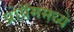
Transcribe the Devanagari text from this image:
प्रोग्रॅममध्ये